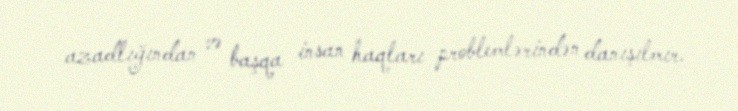
azadlığından və başqa insan haqları problemlərindən danışılmır.